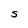
Character: S